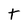
Character: t